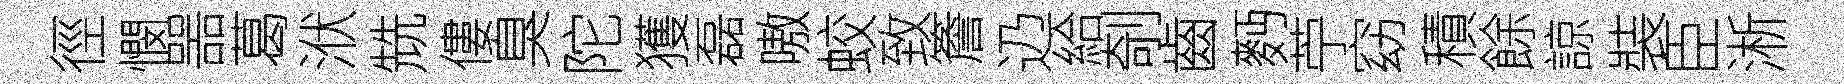
徑憫噐葛洑兟僂臭陀獲磊嗷蛟致簷辸給剞齒麪苧窈積餘諒裝臣淅